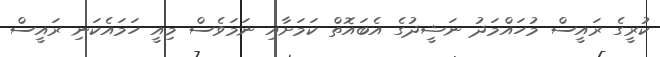
ކުރީގެ ރައީސް މުހައްމަދު ނަޝީދުގެ އެބައޮތް ކަމަށާއި ނަމަވެސް މިއީ ހަމައެކަނި ރައީސް